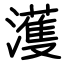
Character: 濩